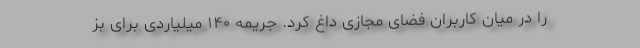
را در میان کاربران فضای مجازی داغ کرد. جریمه ۱۴۰ میلیاردی برای بز